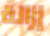
إزالة